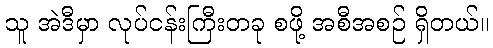
သူ အဲဒီမှာ လုပ်ငန်းကြီးတခု စဖို့ အစီအစဉ် ရှိတယ်။